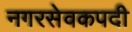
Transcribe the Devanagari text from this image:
नगरसेवकपदी